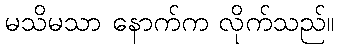
မသိမသာ နောက်က လိုက်သည်။